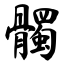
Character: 髑